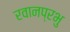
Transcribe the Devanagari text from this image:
रवानप्रभु